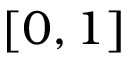
[ 0 , 1 ]